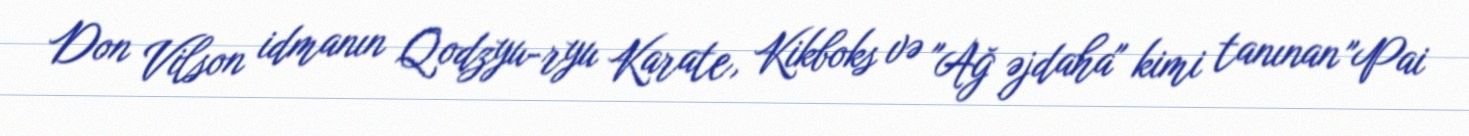
Don Vilson idmanın Qodzyu-ryu Karate, Kikboks və "Ağ əjdaha" kimi tanınan "Pai